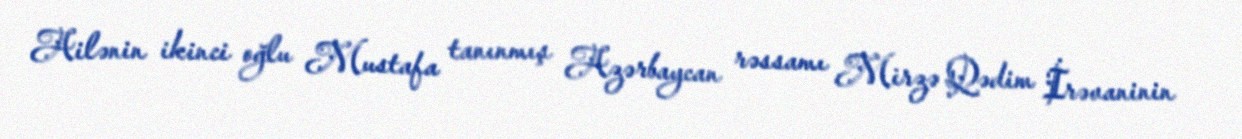
Ailənin ikinci oğlu Mustafa tanınmış Azərbaycan rəssamı Mirzə Qədim İrəvaninin